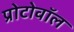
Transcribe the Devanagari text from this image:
प्रोटोवॉल